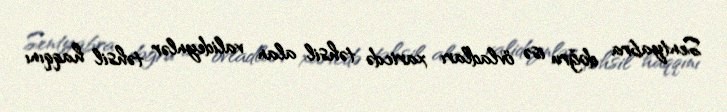
Sentyabra doğru isə övladları xaricdə təhsil alan valideynlər təhsil haqqını